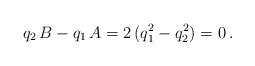
\begin{align*}q_2 \, B - q_1 \, A = 2 \, (q_1^2 - q_2^2) = 0\,.\end{align*}